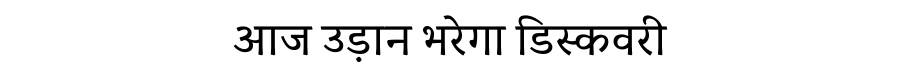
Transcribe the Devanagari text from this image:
आज उड़ान भरेगा डिस्कवरी